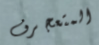
المتعجرف